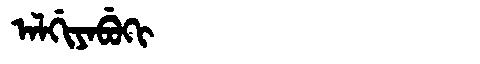
Manchu: ᠠᠯᡤᡳᠶᠠᠪᡠᡴᡳ
Romanization: ALGIYABUKI